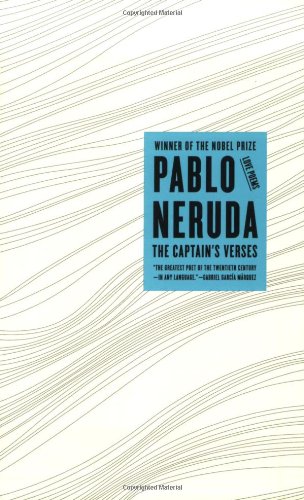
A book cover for The Captain's Verses: Love Poems (New Directions Books); Pablo Neruda; Literature & Fiction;